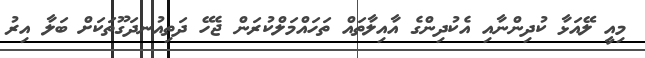
މިއީ ލޭއަޅާ ކުދިންނާއި އެކުދިންގެ އާއިލާތައް ތަހައްމަލްކުރަން ޖެހޭ ދަތިއުނދަގޫތަކަށް ބަލާ އިރު